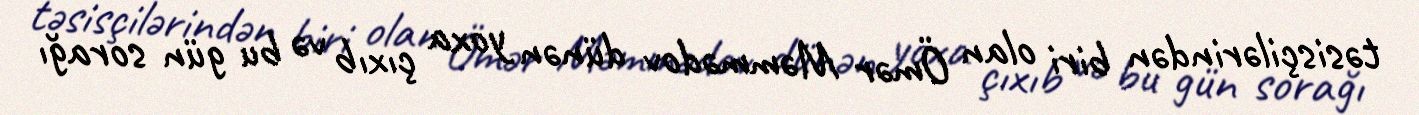
təsisçilərindən biri olan Ömər Məmmədov dünən yoxa çıxıb və bu gün sorağı